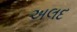
અલદ